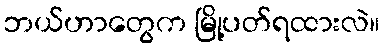
ဘယ်ဟာတွေက မြို့ပတ်ရထားလဲ။